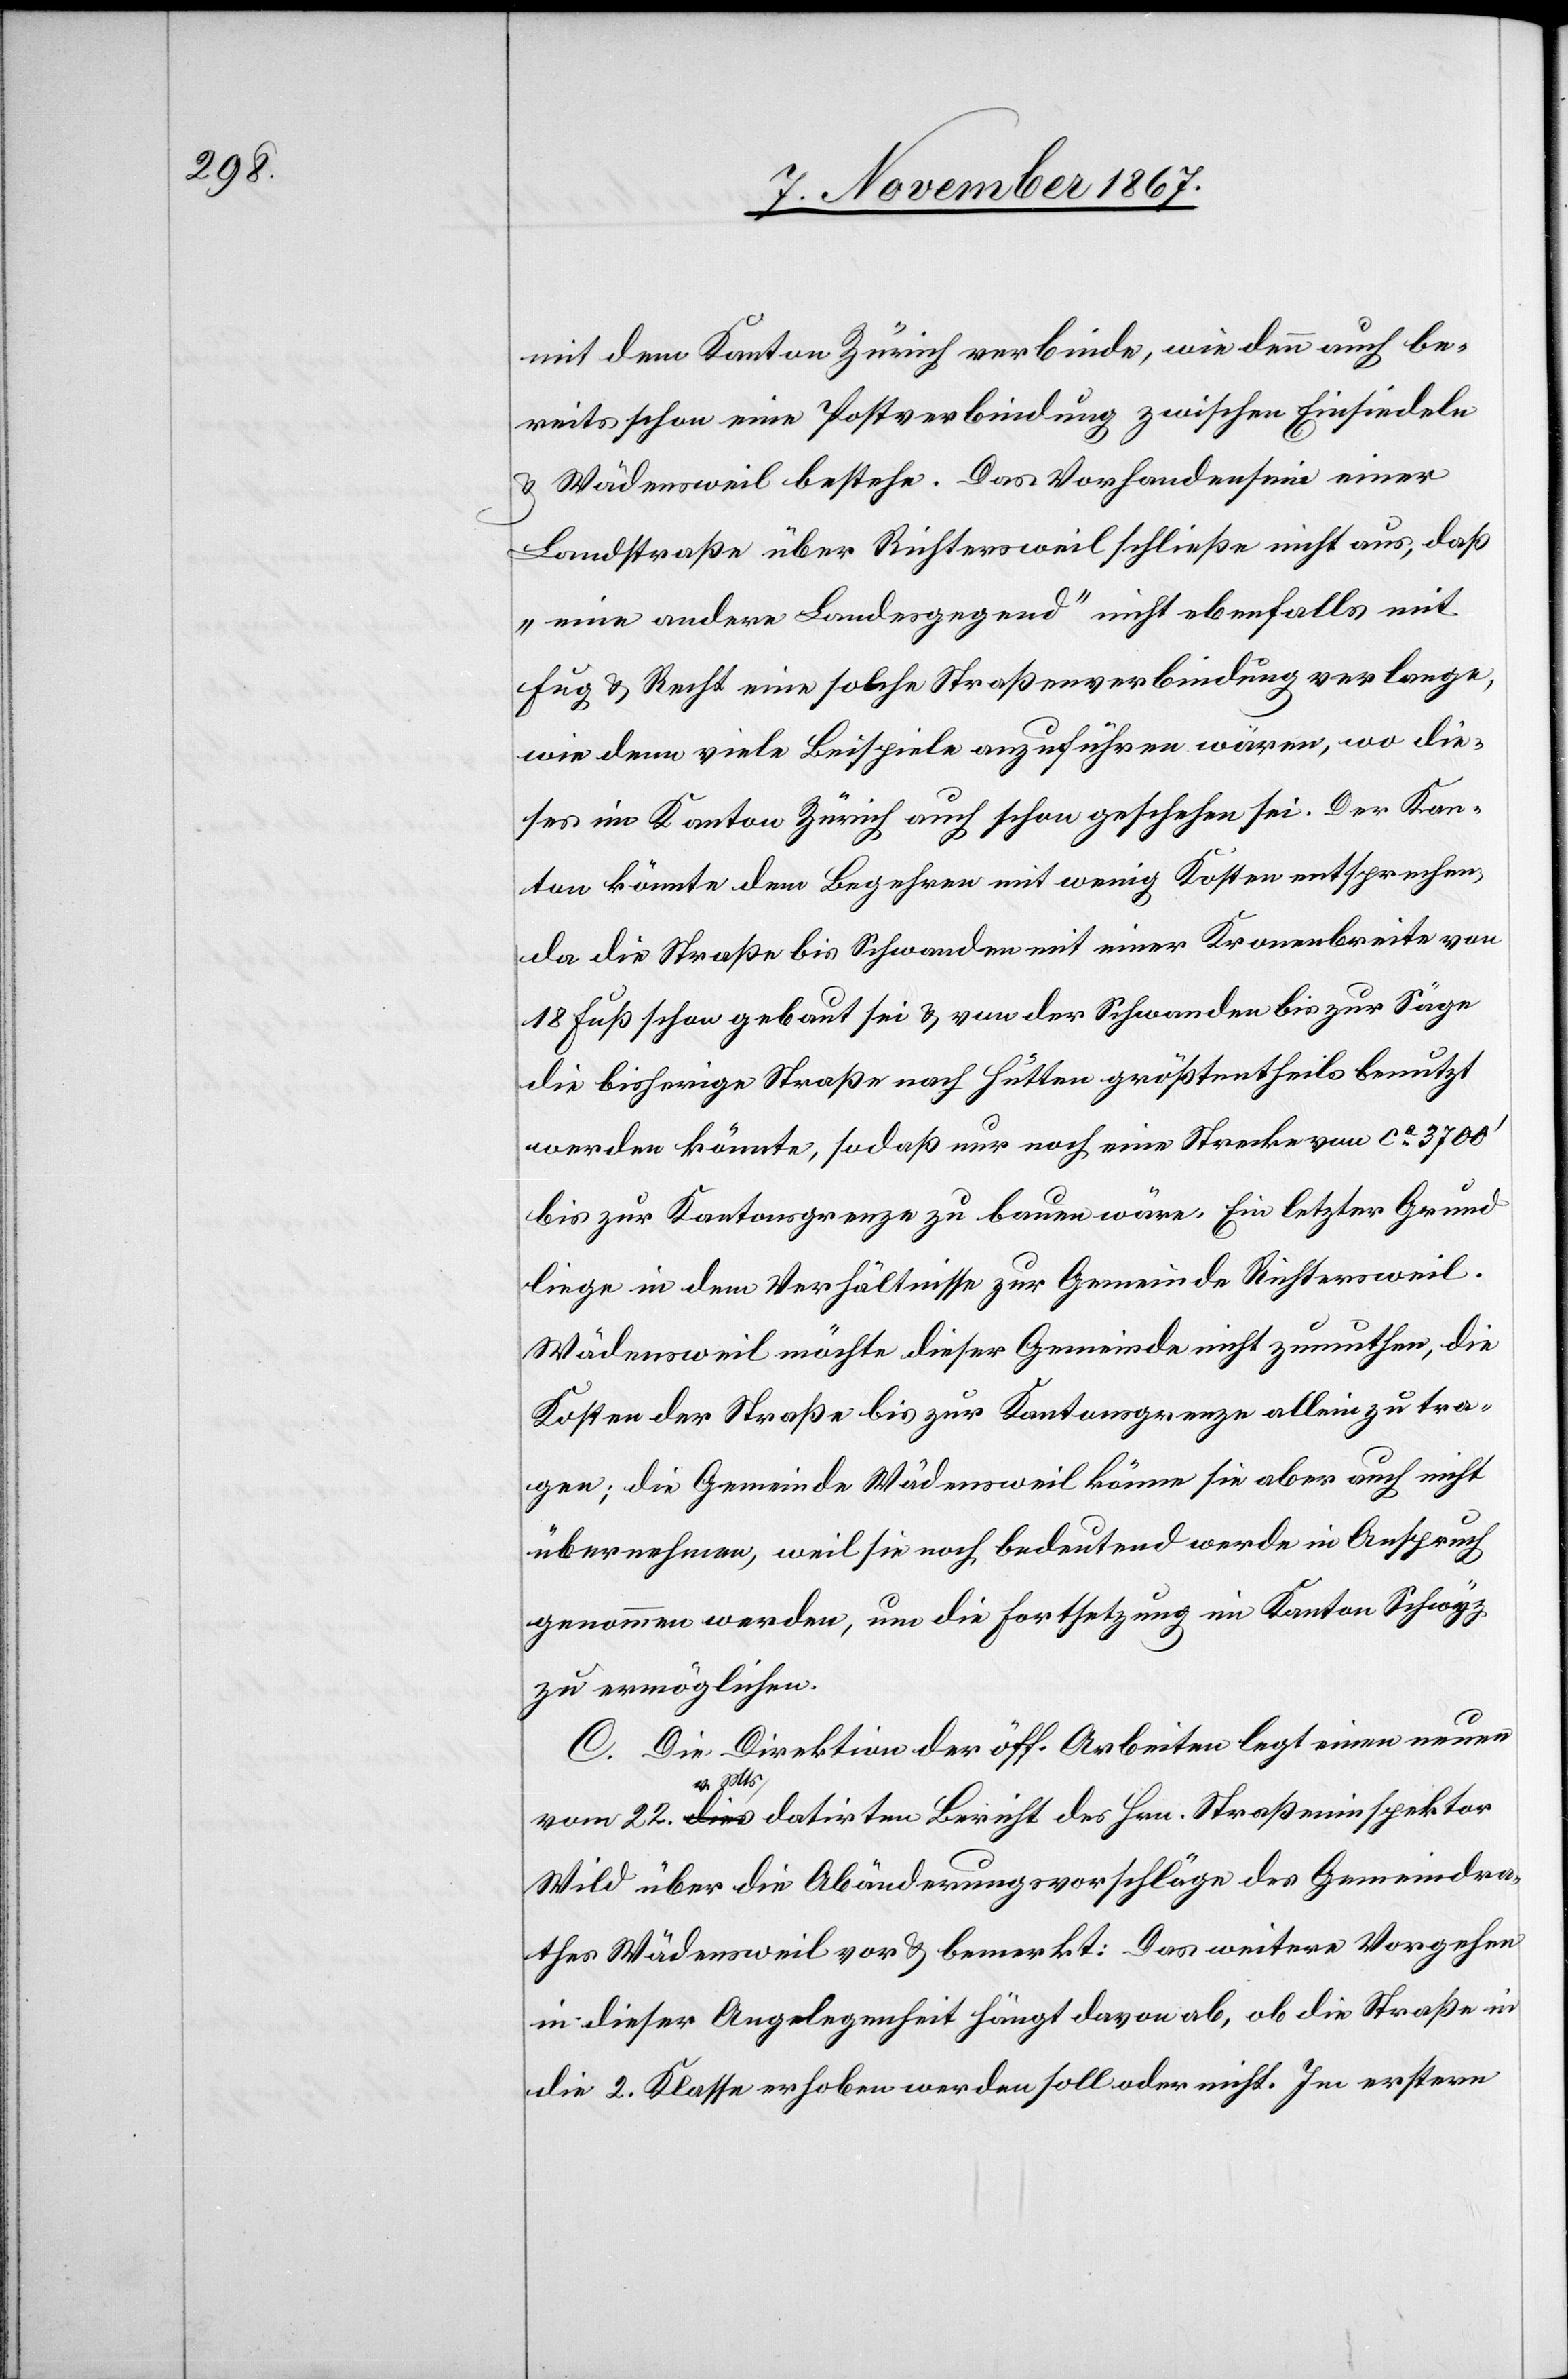
mit dem Kanton Zürich verbinde, wie denn auch be¬
reits schon eine Postverbindung zwischen Einsiedeln
u. Wädensweil bestehe. Das Vorhandensein einer
Landstraße über Richtersweil schließe nicht aus, daß
„eine andere Landesgegend“ nicht ebenfalls mit
Fug u. Recht eine solche Straßenverbindung verlange,
wie denn viele Beispiele anzuführen wären, wo die¬
ses im Kanton Zürich auch schon geschehen sei. Der Kan¬
ton könnte dem Begehren mit wenig Kosten entsprechen,
da die Straße bis Schwanden mit einer Kronenbreite von
18 Fuß schon gebaut ist u. von der Schwanden bis zur Säge
die bisherige Straße nach Hütten größtentheils benutzt
werden könnte, sodaß nur noch eine Strecke von ca. 3700‘
bis zur Kantonsgrenze zu bauen wäre. Ein letzter Grund
liege in dem Verhältnisse zur Gemeinde Richtersweil.
Wädensweil möchte dieser Gemeinde nicht zumuthen, die
Kosten der Straße bis zur Kantonsgrenze allein zu tra¬
gen; die Gemeinde Wädensweil könne sie aber auch nicht
übernehmen, weil sie noch bedeutend werde in Anspruch
genommen werden, um die Fortsetzung im Kanton Schwyz
zu ermöglichen.
C. Die Direktion der öff. Arbeiten legt einen neuen
vom 22. v. Mts. datirten Bericht des Hrn. Straßeninspektor
Wild über die Abänderungsvorschläge des Gemeindra¬
thes Wädensweil vor u. bemerkt: Das weitere Vorgehen
in dieser Angelegenheit hängt davon ab, ob die Straße in
die 2. Klasse erhoben werden soll oder nicht. Im erstern